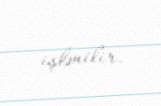
işlənilir.